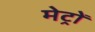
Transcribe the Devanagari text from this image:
मेट्रों